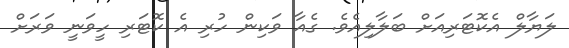
ލަޔާލް އެކޮޓަރިއަށް ބަލާލިއެވެ. ގެއާ ވަކިން ހުރި އެ ކޮޓަރި ހީވަނީ ވަރަށް